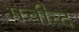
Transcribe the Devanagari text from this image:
मचीन्‍द